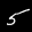
Label: 5